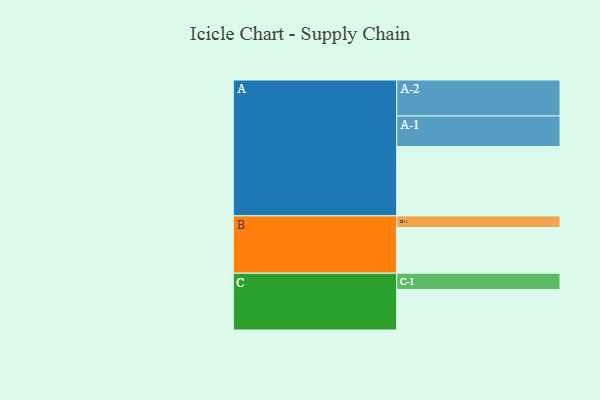
{"axis": {"x": "Segment", "y": "Value"}, "legend": ["", "A", "B", "C"], "data": [{"x": "A", "y": 532, "type": ""}, {"x": "B", "y": 351, "type": ""}, {"x": "C", "y": 311, "type": ""}, {"x": "A-1", "y": 235, "type": "A"}, {"x": "A-2", "y": 276, "type": "A"}, {"x": "B-1", "y": 89, "type": "B"}, {"x": "C-1", "y": 125, "type": "C"}]}